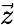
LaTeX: \vec{z}